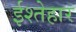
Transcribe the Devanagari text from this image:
ईश्तेहार